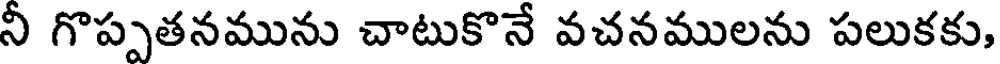
నీ గొప్పతనమును చాటుకొనే వచనములను పలుకకు,